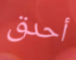
أحدق